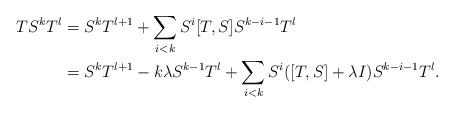
LaTeX: \begin{align*} T S^k T^l &= S^k T^{l+1} + \sum_{i<k} S^i[T,S] S^{k-i-1} T^l \\ &= S^k T^{l+1} - k\lambda S^{k-1} T^l + \sum_{i<k} S^i([T,S]+\lambda I) S^{k-i-1} T^l. \end{align*}